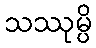
သဿုမ္ပိ